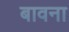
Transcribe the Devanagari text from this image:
बावना